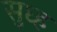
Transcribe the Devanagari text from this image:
सुध्ह